65_HS1-834228961_62-HQ-83894_Section_1
Agency: FBI
Page 3
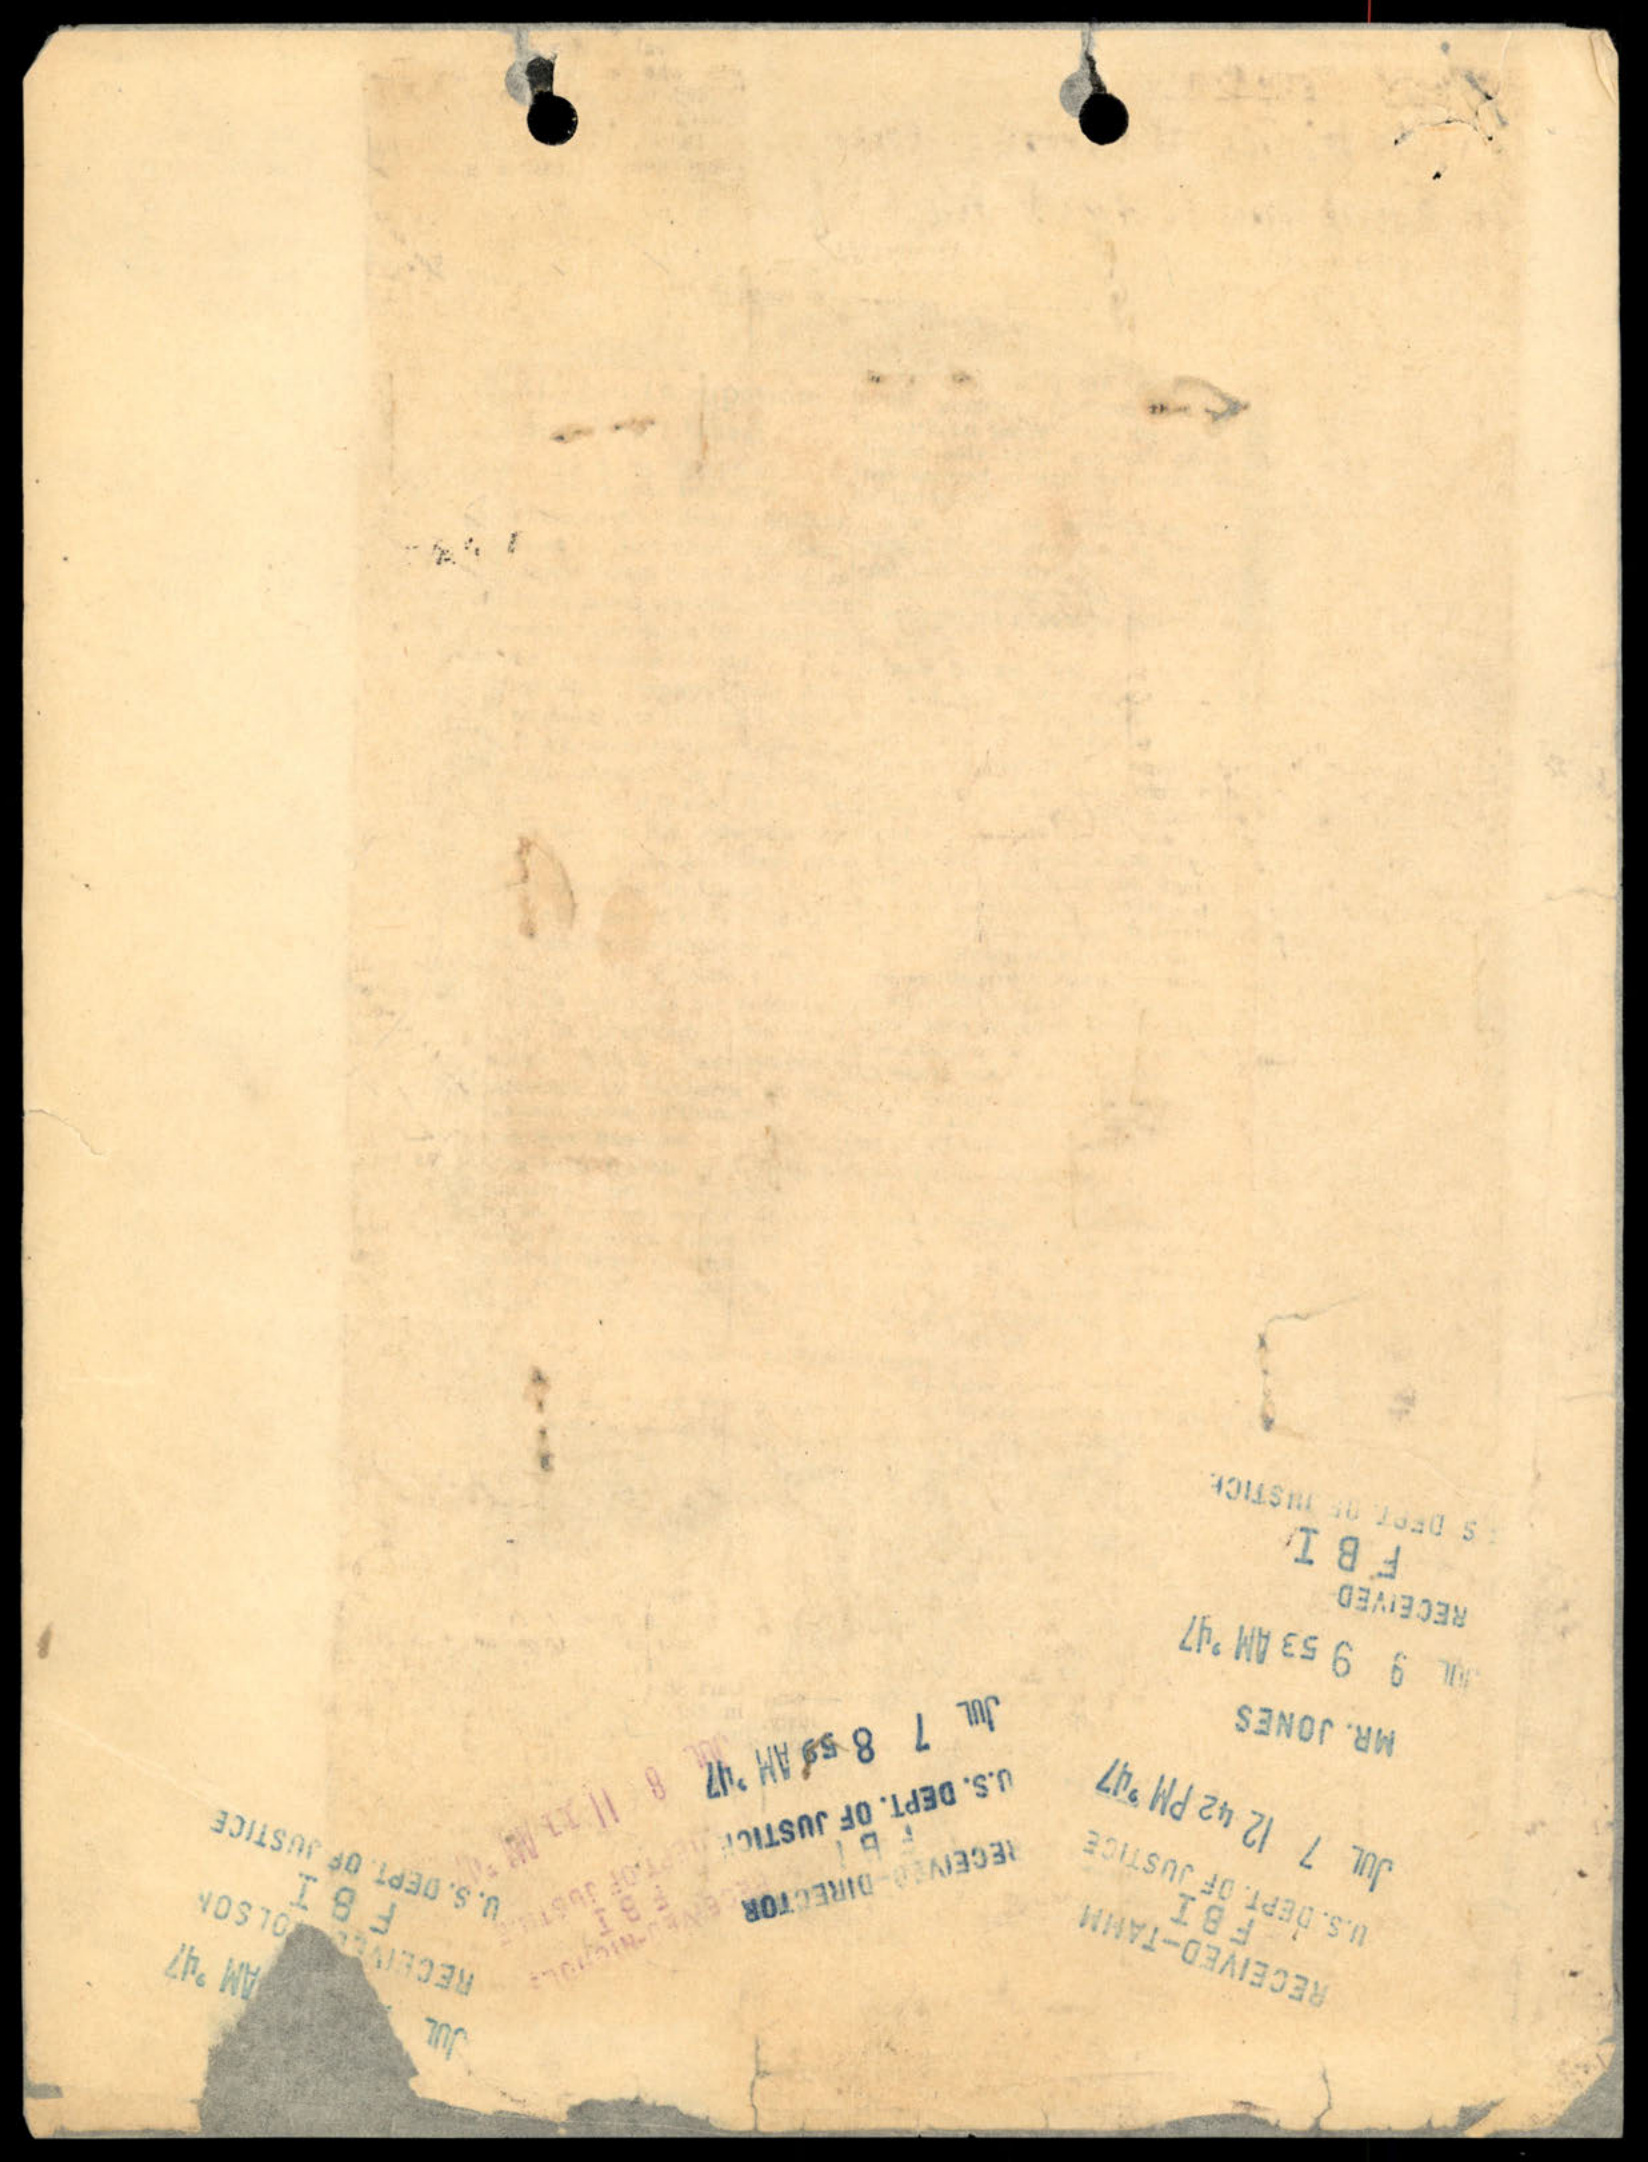